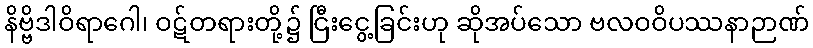
နိဗ္ဗိဒါဝိရာဂေါ၊ ဝဋ်တရားတို့၌ ငြီးငွေ့ခြင်းဟု ဆိုအပ်သော ဗလဝဝိပဿနာဉာဏ်